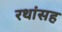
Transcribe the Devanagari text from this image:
रथांसह